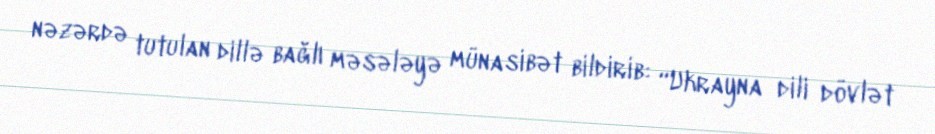
nəzərdə tutulan dillə bağlı məsələyə münasibət bildirib: “Ukrayna dili dövlət